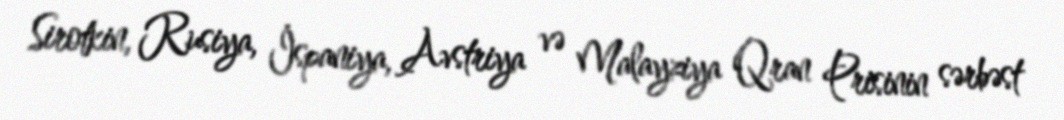
Sirotkin, Rusiya, İspaniya, Avstriya və Malayziya Qran Prisinin sərbəst